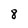
Character: 8